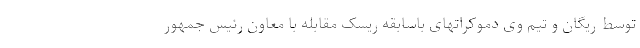
توسط ریگان و تیم وی دموکراتهای باسابقه ریسک مقابله با معاون رئیس جمهور